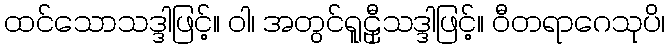
ထင်သောသဒ္ဒါဖြင့်။ ဝါ၊ အတွင်ရူဠှီသဒ္ဒါဖြင့်။ ဝီတရာဂေသုပိ၊